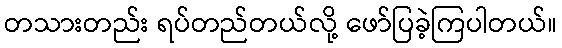
တသားတည်း ရပ်တည်တယ်လို့ ဖော်ပြခဲ့ကြပါတယ်။